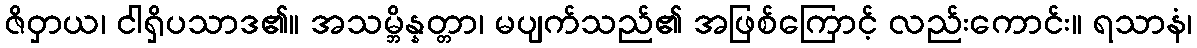
ဇိဝှာယ၊ ငါရှိပသာဒ၏။ အသမ္ဘိန္နတ္တာ၊ မပျက်သည်၏ အဖြစ်ကြောင့် လည်းကောင်း။ ရသာနံ၊